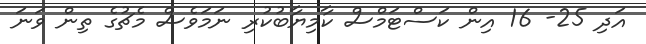
އަދި 25- 16 އިން ކަސްޓަމްސް ކާމިޔާބުކުރި ނަމަވެސް މެޗުގެ ތިން ވަނަ